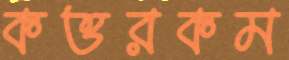
কত্তরকম